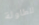
للطاولة